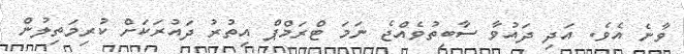
ވާނެ އެވެ. އަދި ދައުވާ ސާބިތުވެއްޖެ ނަމަ ޓްރަމްޕް އިތުރު ދައުރަކަށް ކުރިމަތިލުން